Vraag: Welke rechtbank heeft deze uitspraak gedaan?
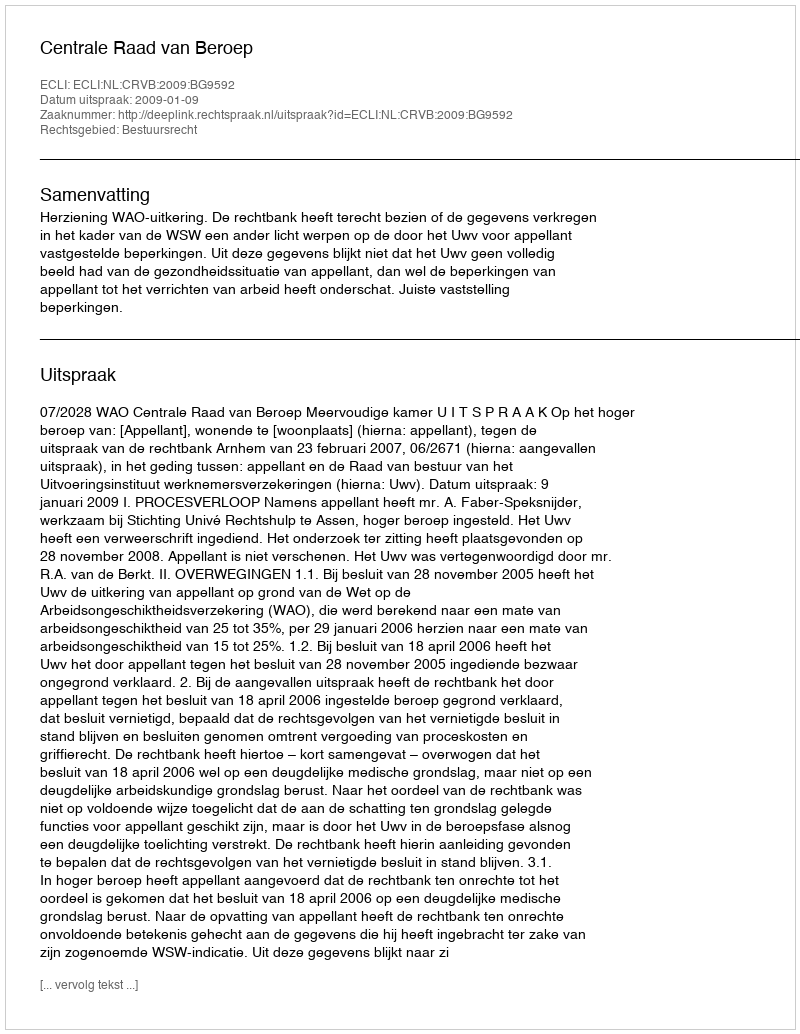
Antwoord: Centrale Raad van Beroep